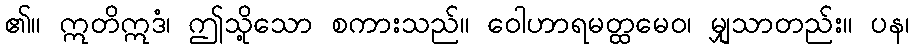
၏။ ဣတိဣဒံ၊ ဤသို့သော စကားသည်။ ဝေါဟာရမတ္ထမေဝ၊ မျှသာတည်း။ ပန၊